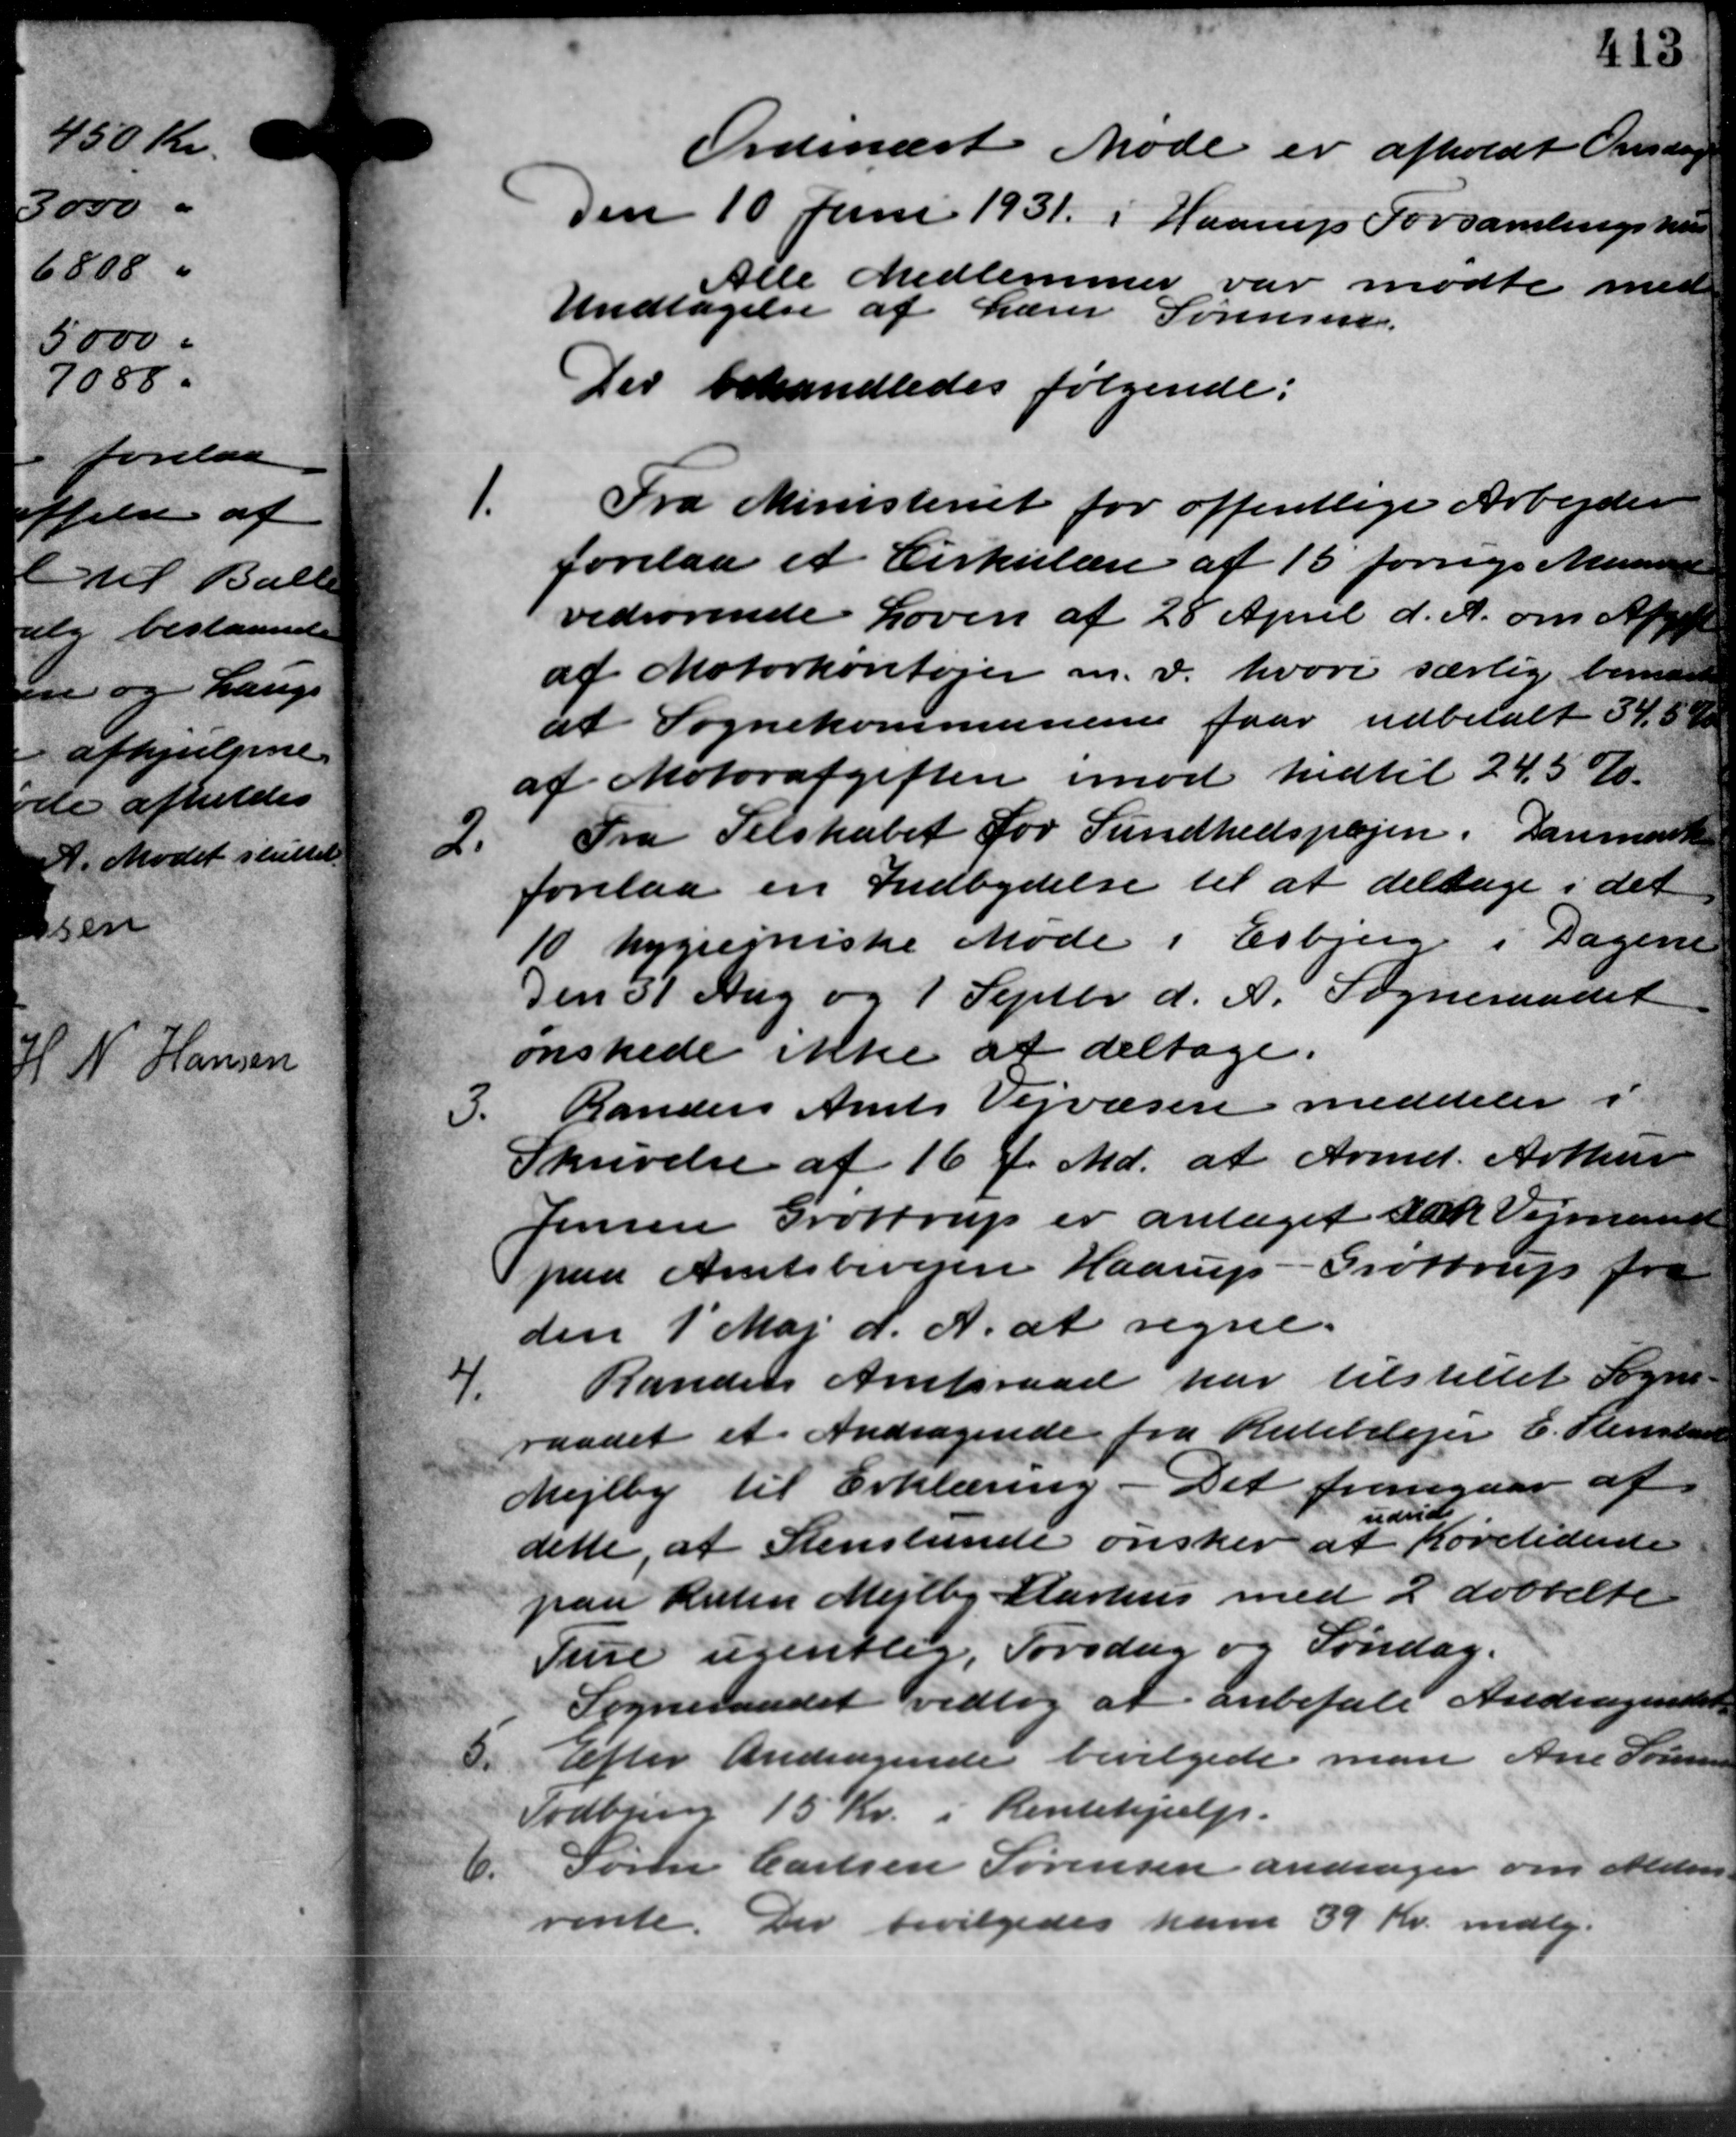
Transskription:
Ordinært Møde er afholdt Onsdag
Den 10 Juni 1931 i Haarup Forsamlingshus
Alle Medlemmer var mødte med
Undtagelse af Lærer Sørensen.
Der behandledes følgende:
Fra Ministeriet for offentlige Arbejder
forelaa et Cirkulære af 15 forrigs Muringe
vedrørende Loven af 28 April d. A. om Afgift
af Motorkontojer m. v. hvori særlig bemærk
at Sognekommunerne faar udbetalt 34,84
af Motorafgiften imod hidtil 24,5 %.
2.
Fra Selskabet for Sundhedspajen. Danmark
forelaa en Indbydelse til at deltage i det
10 hygierniske Møde i Esbjerg - i Dagene
Den 31 Aug og 1 Septbr. d. A. Sogneraadet
ønskede ikke at deltage.
3.
Randers Amts Vejvæsen meddeler i
Skrivelse af 16 f. Md. at Armd. Arthus
Jensen Grøttrup er antaget tak Vejmand
paa Amtsbivejen Haarup – Grøttrup fra
den 1´Maj d. A. at regne.
4.
Randers Amtsraad har tilstillet Sogne –
raadet et Andragende fra Rutebilejer C. Stenstand
Mejlby til Erklæring. Det fremgaar af
udvid
dette, at Stenslunde ønsker at Køretidende
paa Kisten Mejlby Aarhus med 2 dobbelte
Ture ugentlig, Torsdag og Søndag.
Sogneraadet vedtog at anbefale Andragendet
5.
Efter Andragende bevilgede man Ane Sørensen
Todbjerg 15 Kr. i Rentehjælp.
6.
Søren Carlsen Sørensen andrager om Alders-
rente. Der bevilgedes ham 39 Kr. mdlg.
1.